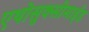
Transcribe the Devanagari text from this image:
एथोसुक्सीमाईड